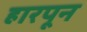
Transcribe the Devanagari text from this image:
हारपून